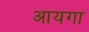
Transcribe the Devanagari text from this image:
आयगा